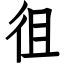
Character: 徂